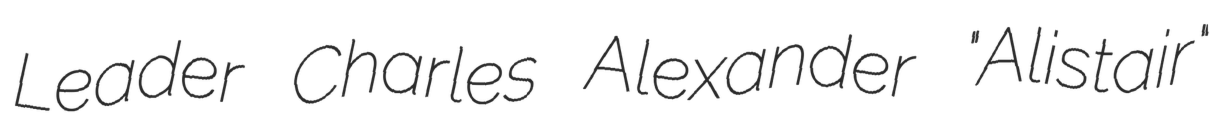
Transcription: Leader Charles Alexander "Alistair"